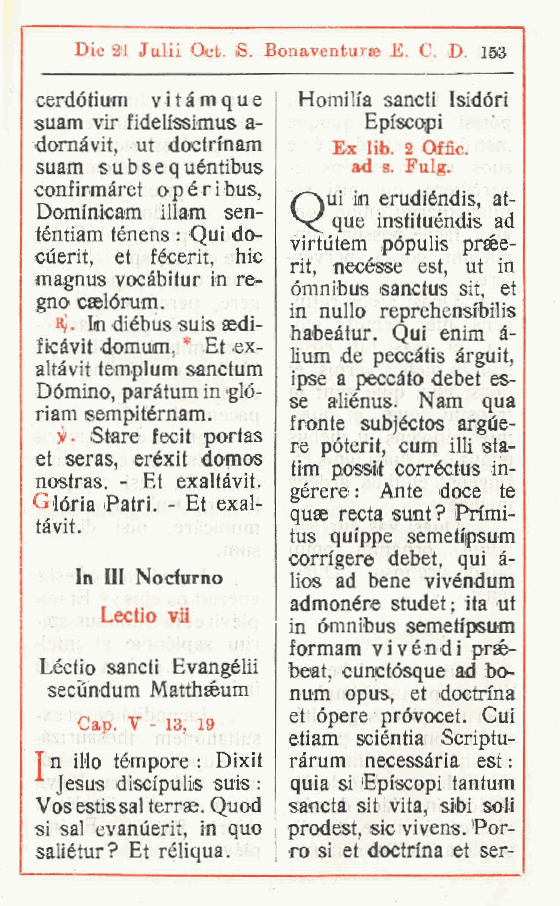
Die 21 Julii Oct iS. Bonaventurae E. C. D 153
 .               .
 cerdótium v i t à m q u e Homilìa sancii Isidóri
 suam vir fideh'ssimus a- Episcopi
 dornàvit, ut doctrinam Ex lib. 2 Offic.
 suam subsequéntibus  ad s. Fulg.
 confirmàret opéribus,
 vui in erudiéndis at-
 Dominicam illam sen-          ,
 que instituéndis ad
 téntiam ténens : Qui do-
 virtùtem pópulis prsée-
 cùerit, et fécerit, hic
 rit, necésse est, ut in
 magnus vocàbitur in re-
 òmnibus sanctus sit, et
 gno caelórum.
 in nullo reprehensfbilis
 R]. In diébus suis aedi-
 habeàtur. Qui enim à-
 ficàvit domum, * Et ex-
 lium de peccàtis àrguit,
 altàvit templum sanctum
 ipse a peccàto debet es-
 Dòmino paràtum in gló-
 ,           se aliénus. Nam qua
 riam sempitérnam.
 fronte subjéctos argùe-
 H/. Stare fecit portas
 re pòterit, cum illi sta-
 et seras, eréxit domos
 tini possili corréctus in-
 nostras. - Et exaltàvit.
 gérere : Ante doce te
 Glòria Patri - Et exal-
 .        quae recta sunt? iPimi-
 tàvit.
 tus quippe semetipsum
 corrfgere debet, qui à-
 In III Nocfurno lios ad bene vivéndum
 admonére studet; ita ut
 Lectio vii
 in òmnibus semetipsum
 formam vi véndi prse-
 Léctio sancii Evangélii beat, cunctósque ad bo-
 seciindum Matthseum num opus, et doctrina
 et òpere pròvocet. Cui
 Gap. V - 13 19
 ,      etiam sciéntia Scriptu-
 T n ilio tèmpore : Dixit ràrum necessària est :
 Jesus discipuiis suis : quia si Episcopi tantum
 Vos estissal terrse. Quod sancta sit vita, sibi soli
 si sai evanuerit, in quo prodest, sic vivens. Por-
 saliétur? Et réliqua. ro si et doctrina et ser-
 r